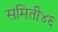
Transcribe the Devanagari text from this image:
समिती४६